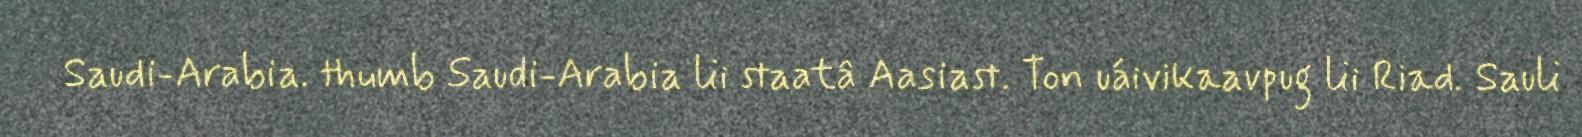
Saudi-Arabia. thumb Saudi-Arabia lii staatâ Aasiast. Ton uáivikaavpug lii Riad. Sauli